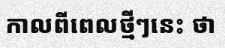
កាលពីពេលថ្មីៗនេះ ថា